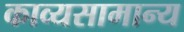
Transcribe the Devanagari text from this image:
काव्यसामान्य